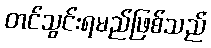
တင်သွင်းရမည်ဖြစ်သည်